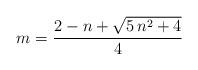
LaTeX: \begin{align*}m=\frac{2-n+\sqrt{5\,n^2+4}}{4}\end{align*}